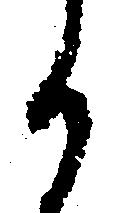
か